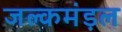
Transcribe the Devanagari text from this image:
जल्कमंड़ल